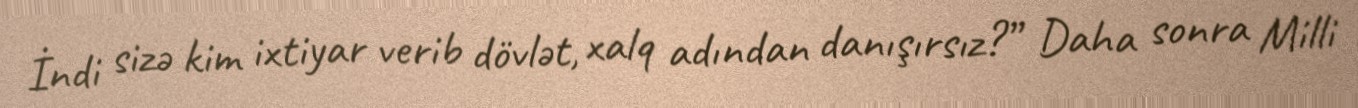
İndi sizə kim ixtiyar verib dövlət, xalq adından danışırsız?” Daha sonra Milli